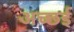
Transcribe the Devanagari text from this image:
अच्छई